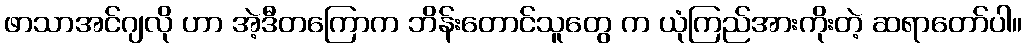
ဖာသာအင်ဂျလို ဟာ အဲ့ဒီတကြောက ဘိန်းတောင်သူတွေ က ယုံကြည်အားကိုးတဲ့ ဆရာတော်ပါ။